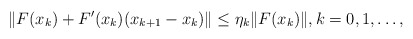
\begin{align*} \|F(x_k) + F'(x_k)(x_{k+1}-x_k)\| \leq \eta_k\|F(x_k)\|, k=0,1,\ldots, \end{align*}